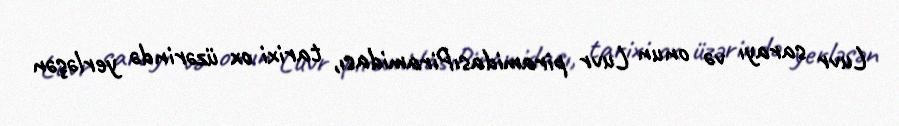
Luvr sarayı və onun Luvr piramidasıPiramidası, tarixi ox üzərində yerləşən